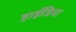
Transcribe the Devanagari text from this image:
हाईजिया